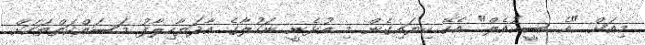
މިއަށް "އެ ސީކުއެލް" އެކޭ ކިޔައިގެން މި އުޅެނީ ނަހުލާގެ އާދަޔާހިލާފު މަސައްކަތްތަކަށް